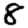
Digit: 8